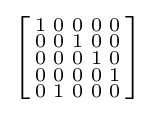
\left[{\begin{smallmatrix}1&0&0&0&0\\0&0&1&0&0\\0&0&0&1&0\\0&0&0&0&1\\0&1&0&0&0\\\end{smallmatrix}}\right]